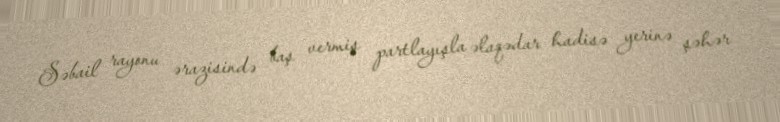
Səbail rayonu ərazisində baş vermiş partlayışla əlaqədar hadisə yerinə şəhər